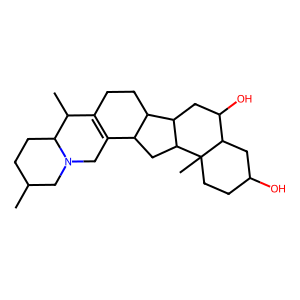
SMILES: CC1CCC2C(C)C3=C(CN2C1)C1CC2C(CC(O)C4CC(O)CCC42C)C1CC3
Inhibits HIV replication: No